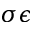
\sigma \epsilon